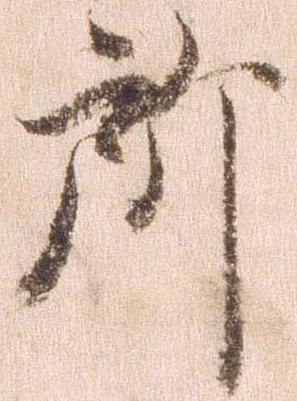
所